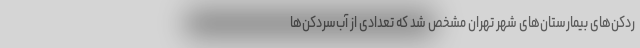
ردکن‌های بیمارستان‌های شهر تهران مشخص شد که تعدادی از آب‌سردکن‌ها